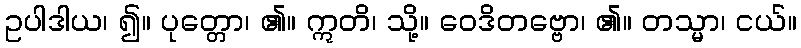
ဥပါဒါယ၊ ၍။ ပုတ္တော၊ ၏။ ဣတိ၊ သို့။ ဝေဒိတဗ္ဗော၊ ၏။ တသ္မာ၊ ငယ်။